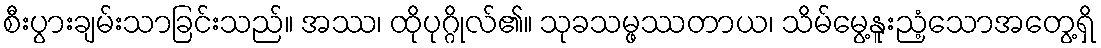
စီးပွားချမ်းသာခြင်းသည်။ အဿ၊ ထိုပုဂ္ဂိုလ်၏။ သုခသမ္ဖဿတာယ၊ သိမ်မွေ့နူးညံ့သောအတွေ့ရှိ